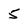
Character: 5